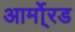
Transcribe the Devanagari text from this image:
आर्मो्रड